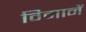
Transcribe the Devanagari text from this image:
विमानें